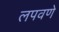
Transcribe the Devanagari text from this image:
लपवणे